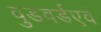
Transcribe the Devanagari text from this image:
वुडवर्डएवं